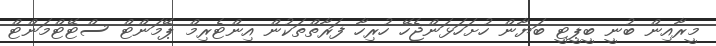
މީރާއިން ބުނީ ބީޕީޓީ ބަޔާން ހުށަހަޅަންޖެހޭ ހުރިހާ ފަރާތްތަކުން އިންޓެރިމް ޕޭމަންޓް ސްޓޭޓްމަންޓް